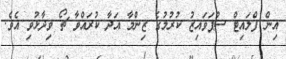
އިން ފްލައިޓް ސުޕަވައިޒު ކުރުމުގެ ޒިންމާ އަދާ ކުރައްވާ ޗޯ ވިދާޅުވި އެވެ.